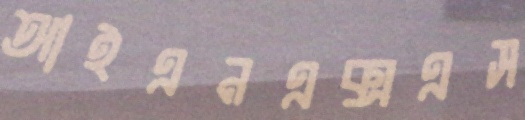
আইএনএক্সএস